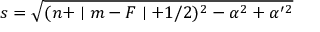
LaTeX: s = \sqrt { ( n + \mid m - F \mid + 1 / 2 ) ^ { 2 } - \alpha ^ { 2 } + \alpha ^ { \prime 2 } }